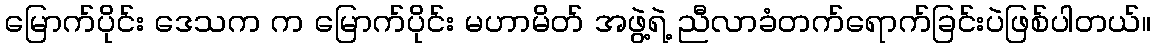
မြောက်ပိုင်း ဒေသက က မြောက်ပိုင်း မဟာမိတ် အဖွဲ့ရဲ့ ညီလာခံတက်ရောက်ခြင်းပဲဖြစ်ပါတယ်။